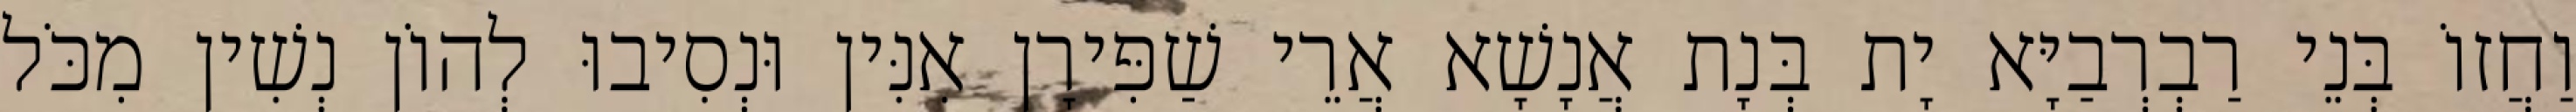
וַחֲזוֹ בְּנֵי רַבְרְבַיָּא יָת בְּנָת אֲנָשָׁא אֲרֵי שַׁפִּירָן אִנִּין וּנְסִיבוּ לְהוֹן נְשִׁין מִכֹּל